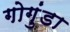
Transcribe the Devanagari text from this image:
गोगुंडा